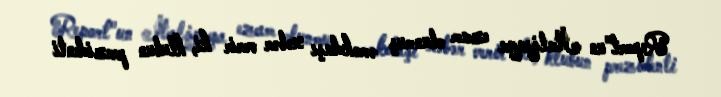
Report"un İtaliyaya ezam olunmuş əməkdaşı xəbər verir ki, klubun prezidenti